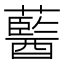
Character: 𧂢